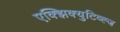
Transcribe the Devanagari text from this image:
एक्झिक्युटिव्ह्ज